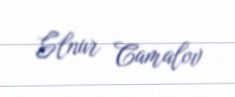
Elnur Camalov